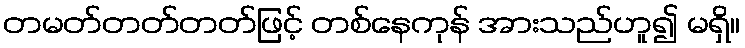
တမတ်တတ်တတ်ဖြင့် တစ်နေကုန် အားသည်ဟူ၍ မရှိ။